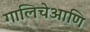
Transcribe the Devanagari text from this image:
गालिचेआणि